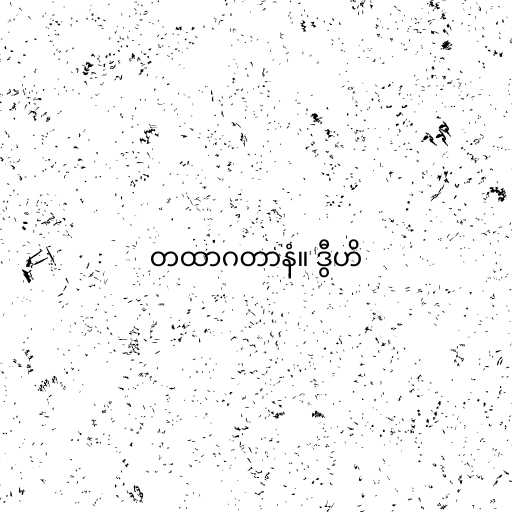
တထာဂတာနံ။ ဒွီဟိ